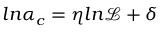
l n \alpha _ { c } = \eta l n \mathcal { L } + \delta